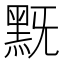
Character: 黖